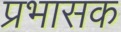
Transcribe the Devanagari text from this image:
प्रभासक